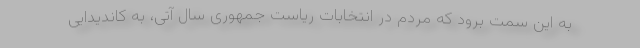
به این سمت برود که مردم در انتخابات ریاست جمهوری سال آتی، به کاندیدایی